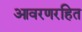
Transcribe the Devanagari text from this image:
आवरणरहित